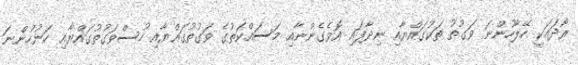
ރޯދައަކީ ހޭލާހުންނަ ވަގުތު ތަކުގައްޔާއި ނިދާފައި އޮވެގެންނާއި މަސައްކަތުގެ ވަގުތުގައްޔާއި ހުސްވަގުތުގައްޔާއި ހަނުހުންނަ